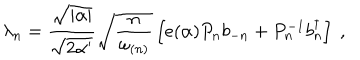
LaTeX: \lambda _ { n } = \frac { \sqrt { | \alpha | } } { \sqrt { 2 \alpha ^ { \prime } } } \sqrt { \frac { n } { \omega _ { ( n ) } } } \left[ e ( \alpha ) P _ { n } b _ { - n } + P _ { n } ^ { - 1 } b _ { n } ^ { \dagger } \right] ~ ,